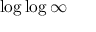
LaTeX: \log \log \infty